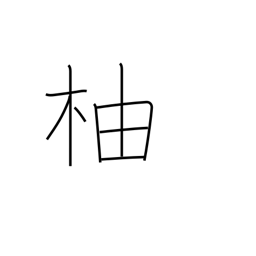
Meaning: citron